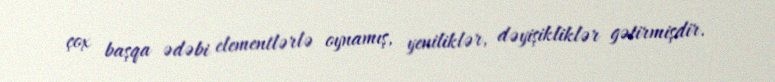
çox başqa ədəbi elementlərlə oynamış, yeniliklər, dəyişikliklər gətirmişdir.